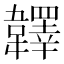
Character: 𩏪